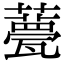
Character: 𧂛